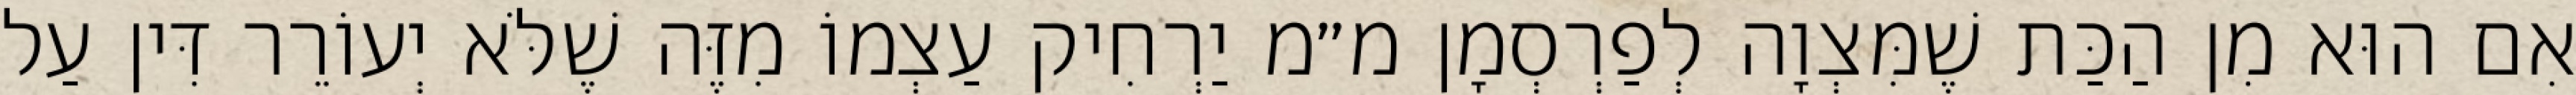
אִם הוּא מִן הַכַּת שֶׁמִּצְוָה לְפַרְסְמָן מ״מ יַרְחִיק עַצְמוֹ מִזֶּה שֶׁלֹּא יְעוֹרֵר דִּין עַל